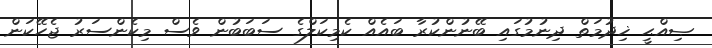
ޞިއްޙީ ޚިދުމަތް ދިނުމުގައި ބޭނުންކުރާ ބައެއް ކެމިކަލްގެ ސަބަބުން ވެސް މިކެންސަރު ޖެހޭކަން